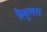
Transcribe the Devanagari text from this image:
फ़ैबुलस